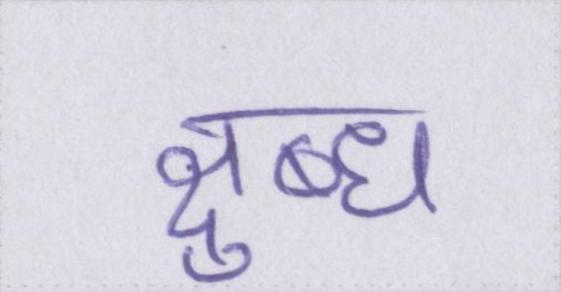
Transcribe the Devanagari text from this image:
क्षुब्ध